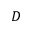
D